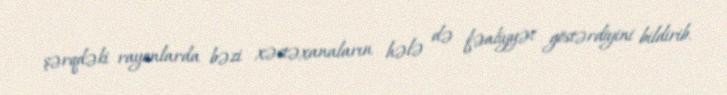
şərqdəki rayonlarda bəzi xəstəxanaların hələ də fəaliyyət göstərdiyini bildirib.